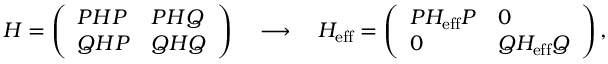
H = \left( \begin{array} { l l } { { P H P } } & { { P H Q } } \\ { { Q H P } } & { { Q H Q } } \end{array} \right) \quad \longrightarrow \quad H _ { \mathrm { e f f } } = \left( \begin{array} { l l } { { P H _ { \mathrm { e f f } } P } } & { { 0 } } \\ { { 0 } } & { { Q H _ { \mathrm { e f f } } Q } } \end{array} \right) ,